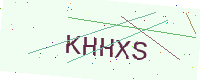
Text: KHHXS